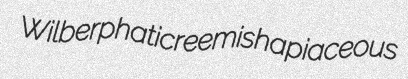
Wilber phatic reemish apiaceous